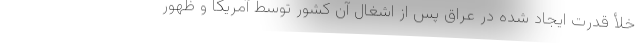
خلأ قدرت ایجاد شده در عراق پس از اشغال آن کشور توسط آمریکا و ظهور